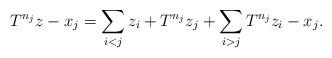
LaTeX: \begin{align*} T^{n_{j}}z-x_{j}&=\sum_{i<j}z_{i}+T^{n_{j}}z_{j}+\sum_{i>j} T^{n_{j}}z_{i}-x_{j}. \end{align*}